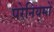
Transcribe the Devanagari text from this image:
परेनियमों